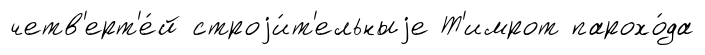
четв'ерт'е́й строjи́т'ельныjе Т'имрот парохо́да